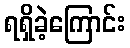
ရရှိခဲ့ကြောင်း